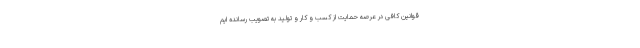
قوانین کافی در عرصه حمایت از کسب و کار و تولید به تصویب رسانده ایم